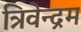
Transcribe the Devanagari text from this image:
त्रिवेन्‍द्रम